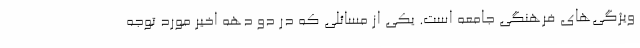
ویژگی‌های فرهنگی جامعه است. یکی از مسائلی که در دو دهه اخیر مورد توجه